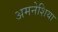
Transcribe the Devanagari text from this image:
अमनेशिया